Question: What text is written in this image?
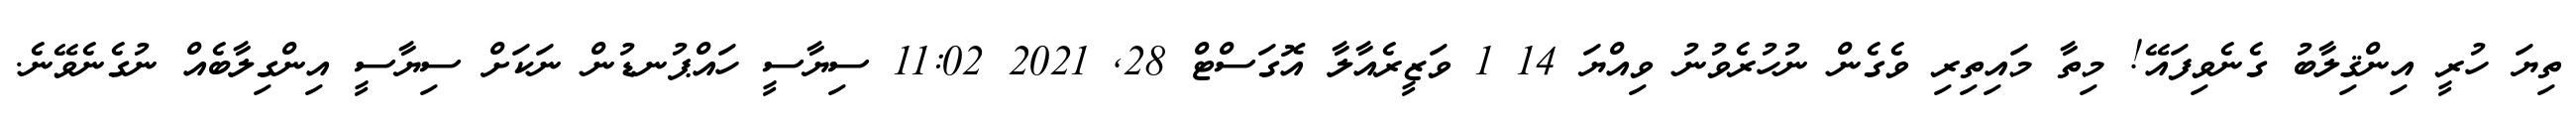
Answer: ތިޔަ ހުރީ އިންޤިލާބު ގެނެވިފައޭ! މިތާ މައިތިރި ވެގެން ނުހުރެވުނު ވިއްޔަ 14 1 ވަޒީރެއާލާ އޮގަސްޓް 28, 2021 11:02 ސިޔާސީ ހައްޕުނޑުން ނަކަށް ސިޔާސީ އިންގިލާބެއް ނުގެނެވޭނެ.